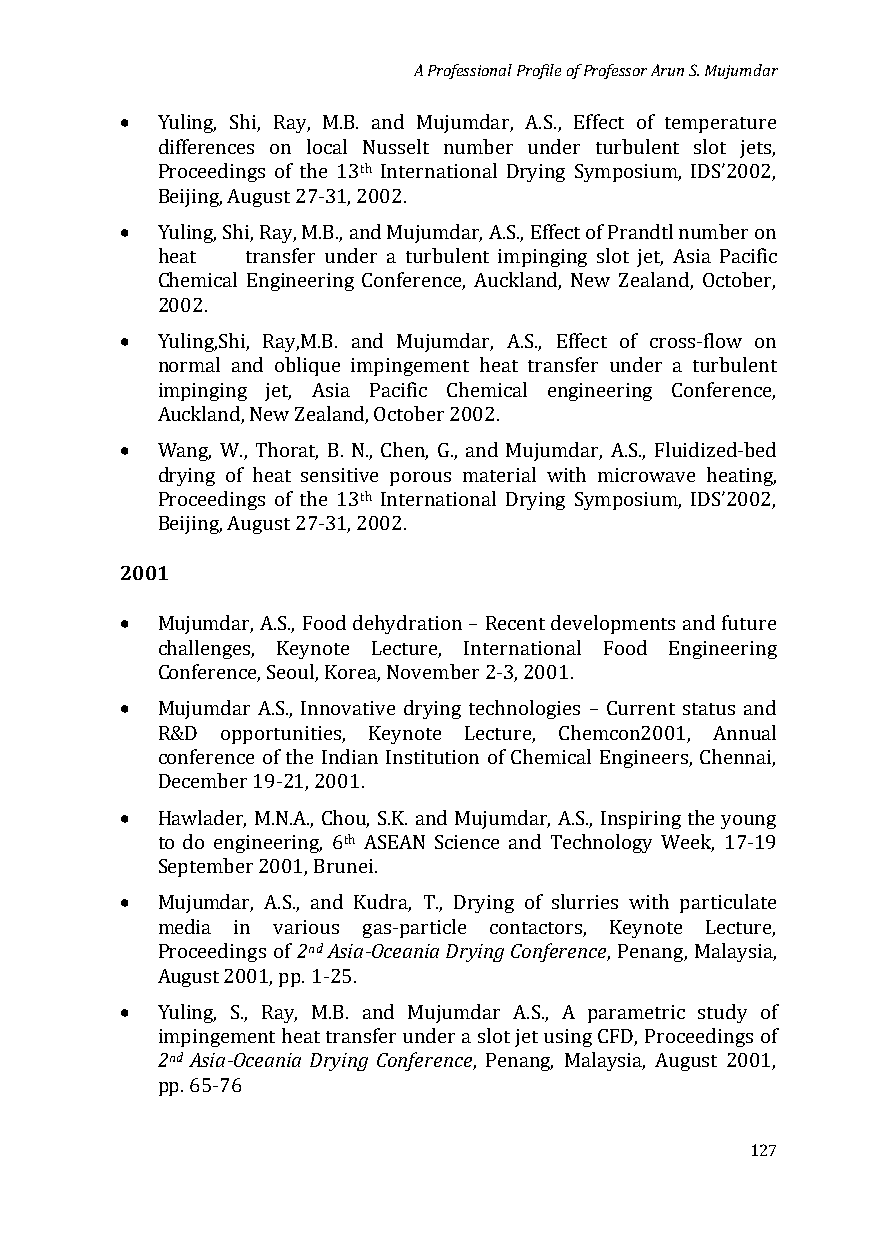
A Professional Profile of Professor Arun S. Mujumdar
 •
 Yuling, Shi, Ray, M.B. and Mujumdar, A.S., Effect of temperature
 differences on local Nusselt number under turbulent slot jets,
 th
 Proceedings of the 13 International Drying Symposium, IDS’2002,
 •
 Beijing, August 27-31, 2002.
 Yuling, Shi, Ray, M.B., and Mujumdar, A.S., Effect of Prandtl number on
 heat  transfer under a turbulent impinging slot jet, Asia Pacific
 Chemical Engineering Conference, Auckland, New Zealand, October,
 •
 2002.
 Yuling,Shi, Ray,M.B. and Mujumdar, A.S., Effect of cross-flow on
 normal and oblique impingement heat transfer under a turbulent
 impinging jet, Asia Pacific Chemical engineering Conference,
 •
 Auckland, New Zealand, October 2002.
 Wang, W., Thorat, B. N., Chen, G., and Mujumdar, A.S., Fluidized-bed
 drying of heat sensitive porous material with microwave heating,
 th
 Proceedings of the 13 International Drying Symposium, IDS’2002,
 2001B eijing, August 27-31, 2002.
 •
 Mujumdar, A.S., Food dehydration – Recent developments and future
 challenges, Keynote Lecture, International Food Engineering
 •
 Conference, Seoul, Korea, November 2-3, 2001.
 Mujumdar A.S., Innovative drying technologies – Current status and
 R&D  opportunities, Keynote Lecture, Chemcon2001, Annual
 conference of the Indian Institution of Chemical Engineers, Chennai,
 •
 December 19-21, 2001.
 Hawlader, M.N.A., Chou, S.K. and Mujumdar, A.S., Inspiring the young
 th
 to do engineering, 6 ASEAN Science and Technology Week, 17-19
 •
 September 2001, Brunei.
 Mujumdar, A.S.,2 nadn Ads iaK-uOdcreaa, nTia., DDrryyiningg C oonf fesrluenrrciees with particulate
 media in various gas-particle contactors, Keynote Lecture,
 Proceedings of                , Penang, Malaysia,
 •
 August 2001, pp. 1-25.
 2Ynudl iAnsgi,a -SO.,c eRaanyia, DMr.yBi.n ga nCdo nMferuejunmcedar A.S., A parametric study of
 impingement heat transfer under a slot jet using CFD, Proceedings of
 , Penang, Malaysia, August 2001,
 pp. 65-76
 127